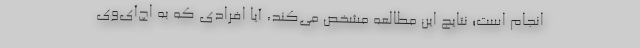
انجام است؛ نتایج این مطالعه مشخص می‌کند، آیا افرادی که به اچ‌آی‌وی